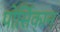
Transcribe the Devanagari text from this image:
पोर्सिकान